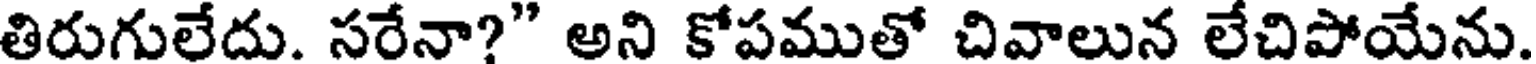
తిరుగులేదు. సరేనా?" అని కోపముతో చివాలున లేచిపోయేను.